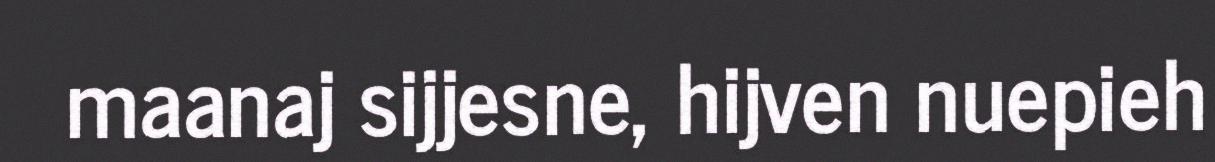
maanaj sijjesne, hijven nuepieh